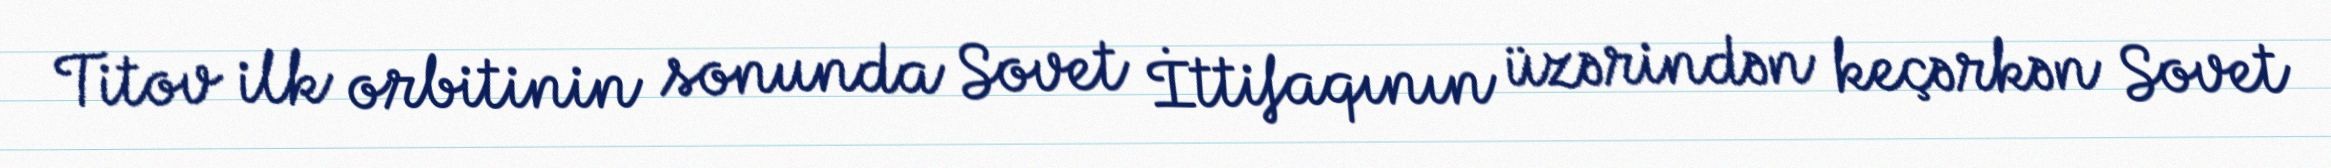
Titov ilk orbitinin sonunda Sovet İttifaqının üzərindən keçərkən Sovet